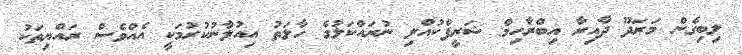
ލިބިގެން މަރަދޫ ދާއިރާ އިބްރާހިމް ޝަރީފްކުއްލި ނުރައްކަލުގެ ހާލަތު އިއުލާނުކުރުމަކީ އެއްވެސް ރައްޔިތަކު